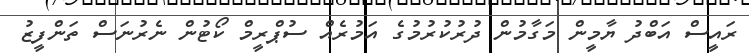
ރައީސް އަބްދު ޔާމީން މަގާމުން ދުރުކުރުމުގެ އަމުރެއް ސުޕްރީމް ކޯޓުން ނެރުނަސް ތަންފީޒު